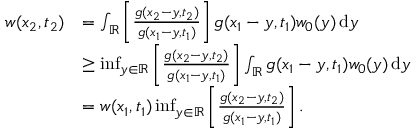
\begin{array} { r l } { w ( x _ { 2 } , t _ { 2 } ) } & { = \int _ { \mathbb R } \left[ \frac { g ( x _ { 2 } - y , t _ { 2 } ) } { g ( x _ { 1 } - y , t _ { 1 } ) } \right] g ( x _ { 1 } - y , t _ { 1 } ) w _ { 0 } ( y ) { \, \mathrm { d } } y } \\ & { \geq \operatorname* { i n f } _ { y \in { \mathbb R } } \left[ \frac { g ( x _ { 2 } - y , t _ { 2 } ) } { g ( x _ { 1 } - y , t _ { 1 } ) } \right] \int _ { \mathbb R } g ( x _ { 1 } - y , t _ { 1 } ) w _ { 0 } ( y ) { \, \mathrm { d } } y } \\ & { = w ( x _ { 1 } , t _ { 1 } ) \operatorname* { i n f } _ { y \in { \mathbb R } } \left[ \frac { g ( x _ { 2 } - y , t _ { 2 } ) } { g ( x _ { 1 } - y , t _ { 1 } ) } \right] . } \end{array}